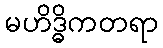
မဟိဒ္ဓိကတရာ